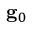
{ \bf g } _ { 0 }